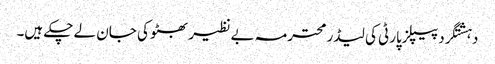
دہشتگرد پیپلزپارٹی کی لیڈر محترمہ بے نظیر بھٹو کی جان لے چکے ہیں۔